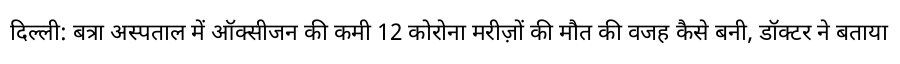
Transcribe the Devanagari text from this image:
दिल्ली: बत्रा अस्पताल में ऑक्सीजन की कमी 12 कोरोना मरीज़ों की मौत की वजह कैसे बनी, डॉक्टर ने बताया